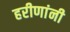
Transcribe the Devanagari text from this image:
हरीणांनी